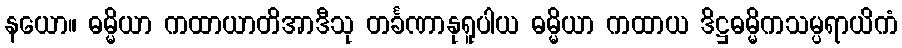
နယော။ ဓမ္မိယာ ကထာယာတိအာဒီသု တင်္ခဏာနုရူပါယ ဓမ္မိယာ ကထာယ ဒိဋ္ဌဓမ္မိကသမ္ပရာယိကံ